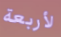
لأربعة